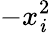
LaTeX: -x_{\mathit{i}}^{2}